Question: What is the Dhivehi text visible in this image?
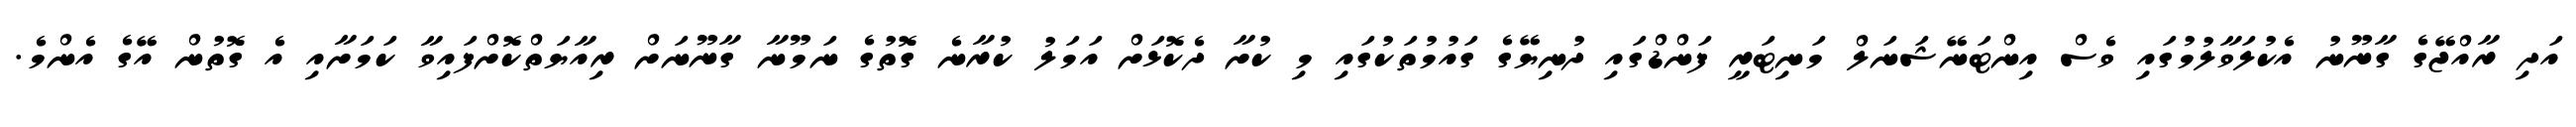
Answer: އަދި ރާއްޖޭގެ ގާނޫނު އެކުލަވާލުމުގައި ވެސް އިންޓަނޭޝަނަލް މަނިޓަރީ ފަންޑްގައި ދުނިޔޭގެ ގައުމުތަކުގައި މި ކުށާ ދެކޮޅަށް އަމަލު ކުރާނެ ގޮތުގެ ނަމޫނާ ގާނޫނަށް ރިއާޔަތްކޮށްފައިވާ ކަމަށާއި އެ ގޮތުން އޭގެ އެންމެ.